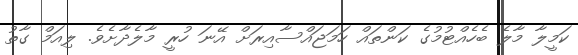
ކަމީލާ މާލެ ބެހެއްޓުމުގެ ކަންތައް ހަމަޖައްސާއިރަށް އޭނަ ހުރީ މާލެދާށެވެ. ލިއަމް ގާތު